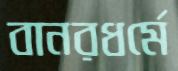
বানরধর্মে